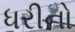
ધરીનો